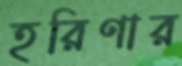
হরিণার